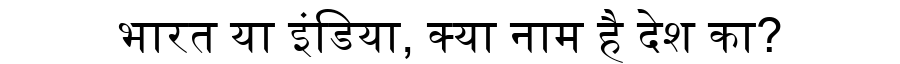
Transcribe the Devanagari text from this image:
भारत या इंडिया, क्या नाम है देश का?